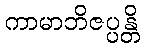
ကာမာဘိဇပ္ပန္တိ